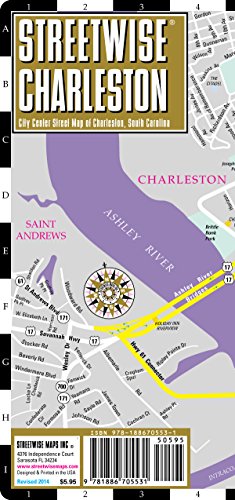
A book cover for Streetwise Charleston Map - Laminated City Center Street Map of Charleston, South Carolina - Folding pocket size travel map; Streetwise Maps; Travel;